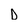
Character: D